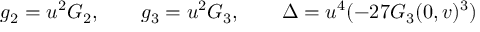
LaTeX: g _ { 2 } = u ^ { 2 } G _ { 2 } , \qquad g _ { 3 } = u ^ { 2 } G _ { 3 } , \qquad \Delta = u ^ { 4 } ( - 2 7 G _ { 3 } ( 0 , v ) ^ { 3 } )